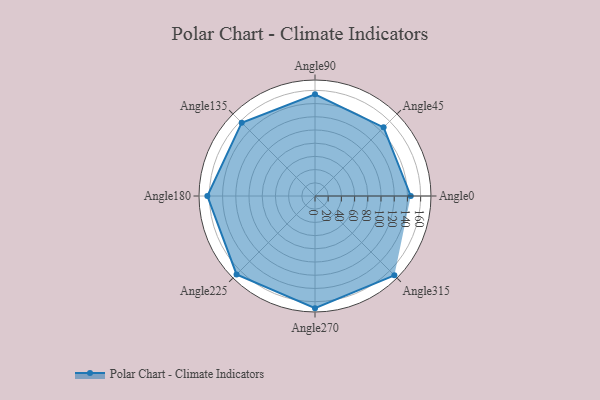
{"axis": {"x": "Angle", "y": "Radius"}, "legend": [""], "data": [{"x": "Angle0", "y": 145.0, "type": ""}, {"x": "Angle45", "y": 147.0, "type": ""}, {"x": "Angle90", "y": 154.0, "type": ""}, {"x": "Angle135", "y": 157.0, "type": ""}, {"x": "Angle180", "y": 163.0, "type": ""}, {"x": "Angle225", "y": 168.0, "type": ""}, {"x": "Angle270", "y": 170, "type": ""}, {"x": "Angle315", "y": 170, "type": ""}]}